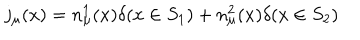
LaTeX: j _ { \mu } ( x ) = n _ { \mu } ^ { 1 } ( x ) \delta ( x \in S _ { 1 } ) + n _ { \mu } ^ { 2 } ( x ) \delta ( x \in S _ { 2 } )